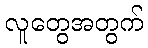
လူတွေအတွက်